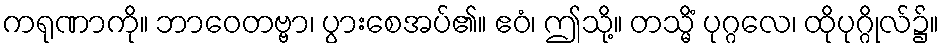
ကရုဏာကို။ ဘာဝေတဗ္ဗာ၊ ပွားစေအပ်၏။ ဧဝံ၊ ဤသို့။ တသ္မိံ ပုဂ္ဂလေ၊ ထိုပုဂ္ဂိုလ်၌။